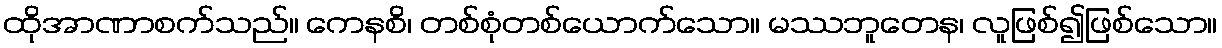
ထိုအာဏာစက်သည်။ ကေနစိ၊ တစ်စုံတစ်ယောက်သော။ မဿဘူတေန၊ လူဖြစ်၍ဖြစ်သော။